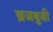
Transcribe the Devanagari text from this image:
ब्रजबुजी